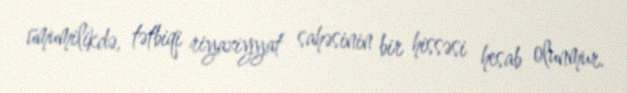
ümumilikdə, tətbiqi riyaziyyat sahəsinin bir hissəsi hesab olunmur.